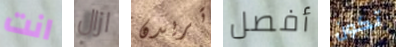
انت ازال تريدن أفصل تكون